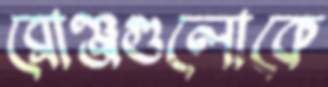
ব্রোঞ্জগুলোকে